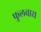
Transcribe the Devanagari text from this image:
फुलवारा